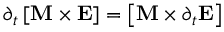
\partial _ { t } \left[ \boldsymbol { \boldsymbol { \mathbf { M } } } \times \boldsymbol { \mathbf { E } } \right] = \left[ \boldsymbol { \boldsymbol { \mathbf { M } } } \times \partial _ { t } \boldsymbol { \mathbf { E } } \right]